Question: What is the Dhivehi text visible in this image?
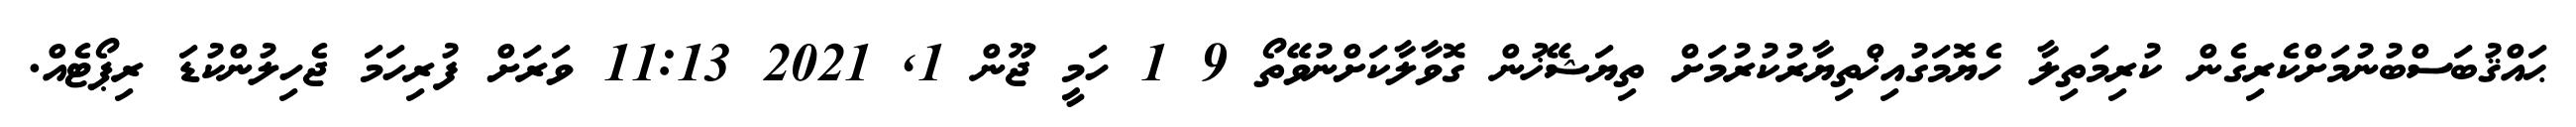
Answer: ޙައްޤުބަސްބުނުމަށްކެރިގެން ކުރިމަތިލާ ހެޔޮމަގުއިޚްތިޔާރުކުރުމަށް ތިޔަޝޭޚުން ގޮވާލާކަށްނުވޭތޯ 9 1 ހަމީ ޖޫން 1, 2021 11:13 ވަރަށް ފުރިހަމަ ޖެހިލުންކުޑަ ރިޕޯޓެއް.